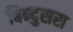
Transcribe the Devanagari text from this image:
बिन्दुसरा